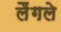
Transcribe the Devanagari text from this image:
लैंगले